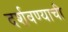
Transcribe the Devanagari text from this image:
दर्शवण्याची